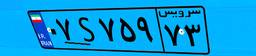
۶۹S۴۲۴۰۲